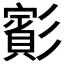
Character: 𫴑